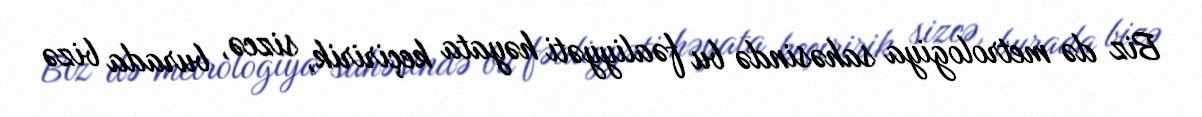
Biz də metrologiya sahəsində bu fəaliyyəti həyata keçiririk, sizcə, burada bizə